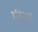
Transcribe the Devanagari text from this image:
हूसियर्स